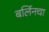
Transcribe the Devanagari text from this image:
बर्लिनचा